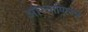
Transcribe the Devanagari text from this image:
औरवाणिज्य